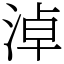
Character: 淖